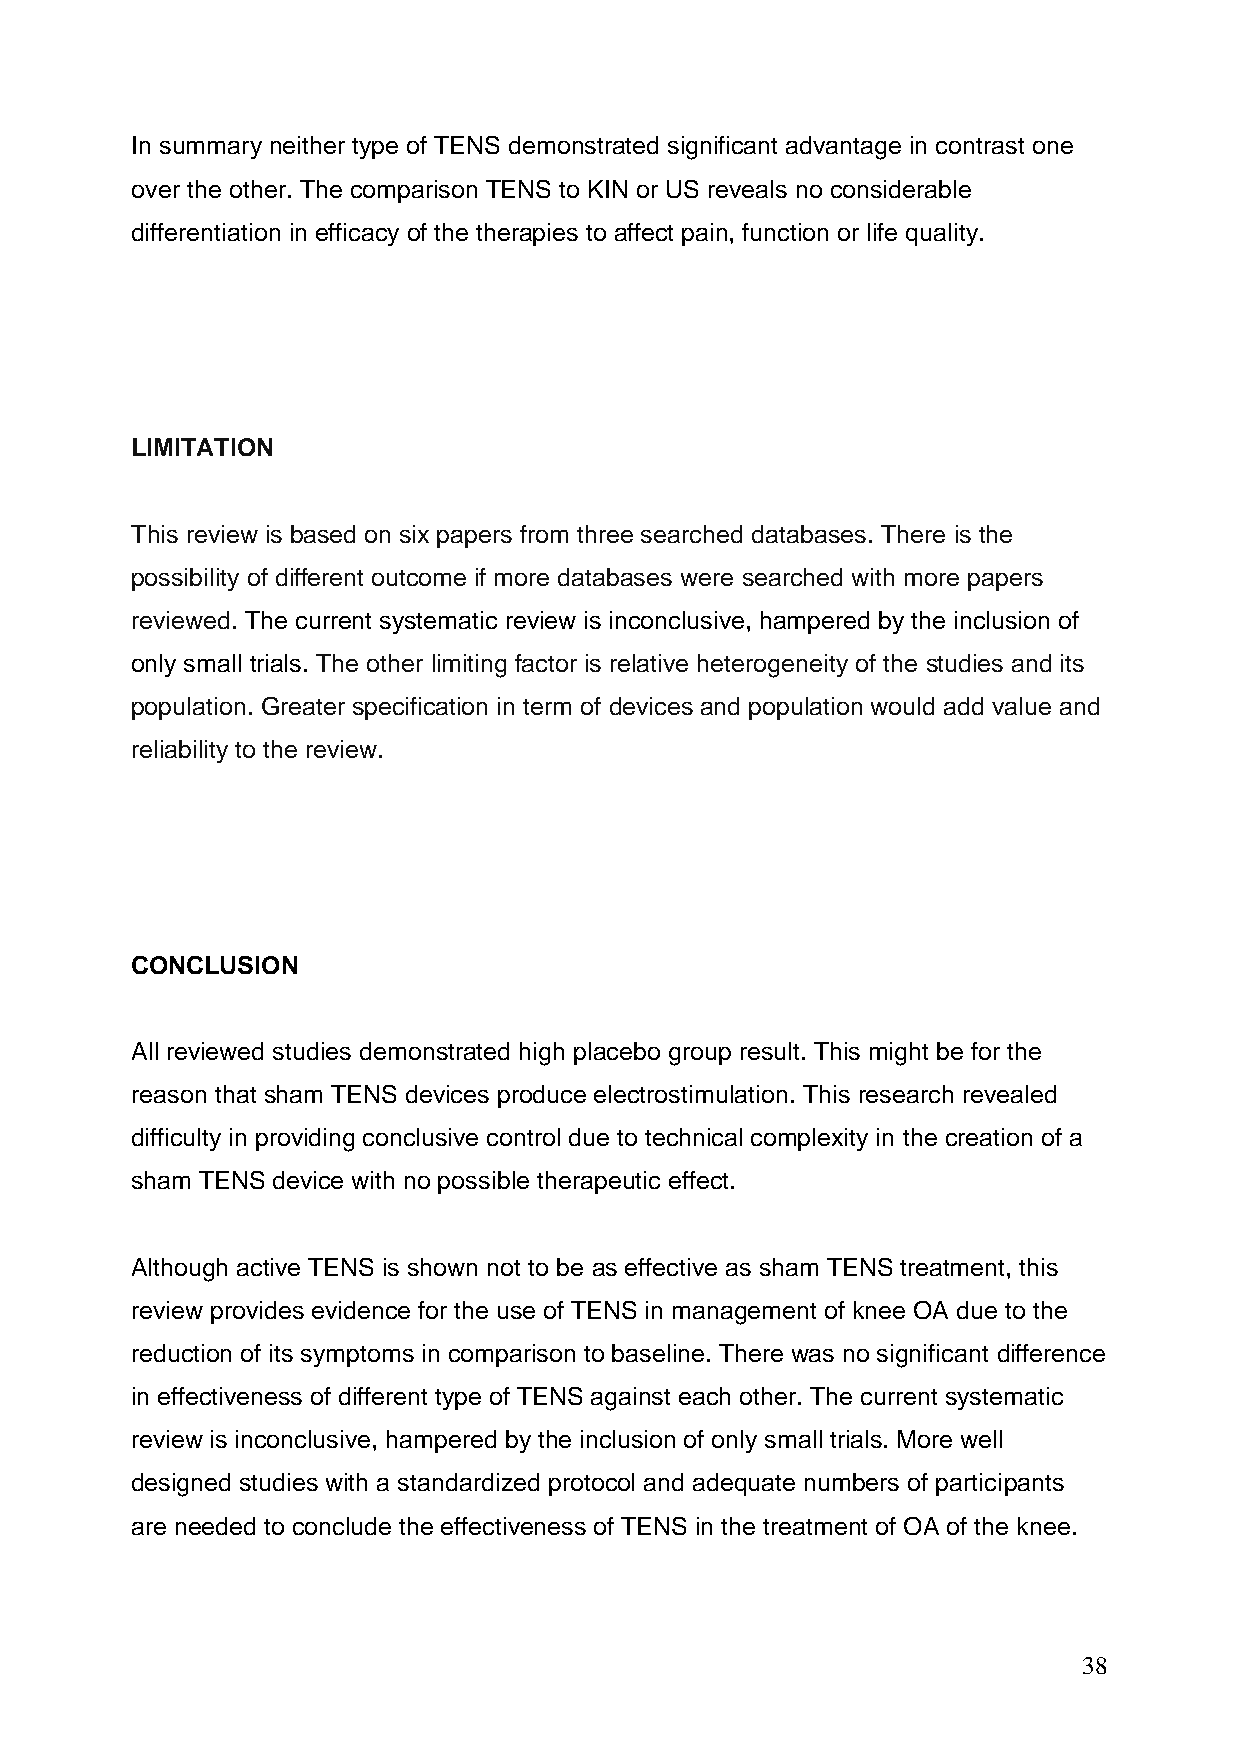
In summary neither type of TENS demonstrated significant advantage in contrast one
 over the other. The comparison TENS to KIN or US reveals no considerable
 differentiation in efficacy of the therapies to affect pain, function or life quality.
 LIMITATION
 This review is based on six papers from three searched databases. There is the
 possibility of different outcome if more databases were searched with more papers
 reviewed. The current systematic review is inconclusive, hampered by the inclusion of
 only small trials. The other limiting factor is relative heterogeneity of the studies and its
 population. Greater specification in term of devices and population would add value and
 reliability to the review.
 CONCLUSION
 All reviewed studies demonstrated high placebo group result. This might be for the
 reason that sham TENS devices produce electrostimulation. This research revealed
 difficulty in providing conclusive control due to technical complexity in the creation of a
 sham TENS device with no possible therapeutic effect.
 Although active TENS is shown not to be as effective as sham TENS treatment, this
 review provides evidence for the use of TENS in management of knee OA due to the
 reduction of its symptoms in comparison to baseline. There was no significant difference
 in effectiveness of different type of TENS against each other. The current systematic
 review is inconclusive, hampered by the inclusion of only small trials. More well
 designed studies with a standardized protocol and adequate numbers of participants
 are needed to conclude the effectiveness of TENS in the treatment of OA of the knee.
 38